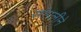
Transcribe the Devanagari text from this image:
सांगलीने